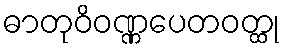
ဓာတုဝိဝဏ္ဏပေတဝတ္ထု